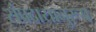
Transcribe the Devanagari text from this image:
संप्रदायानुरूप